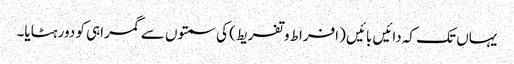
یہاں تک کہ دائیں بائیں (افراط وتفریط) کی سمتوں سے گمراہی کو دور ہٹایا۔